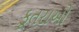
કૂતરાઓ